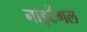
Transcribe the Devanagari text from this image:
नाइटेंगल